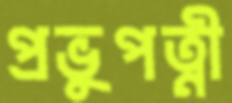
প্রভুপত্নী